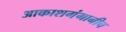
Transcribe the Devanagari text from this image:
आकाशगंगानीच